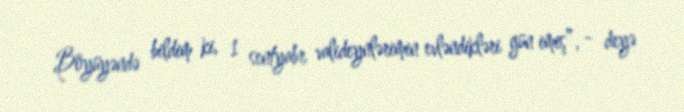
Böyüyəndə bildim ki, 1 sentyabr valideynlərimin evləndikləri gün imiş”, - deyə